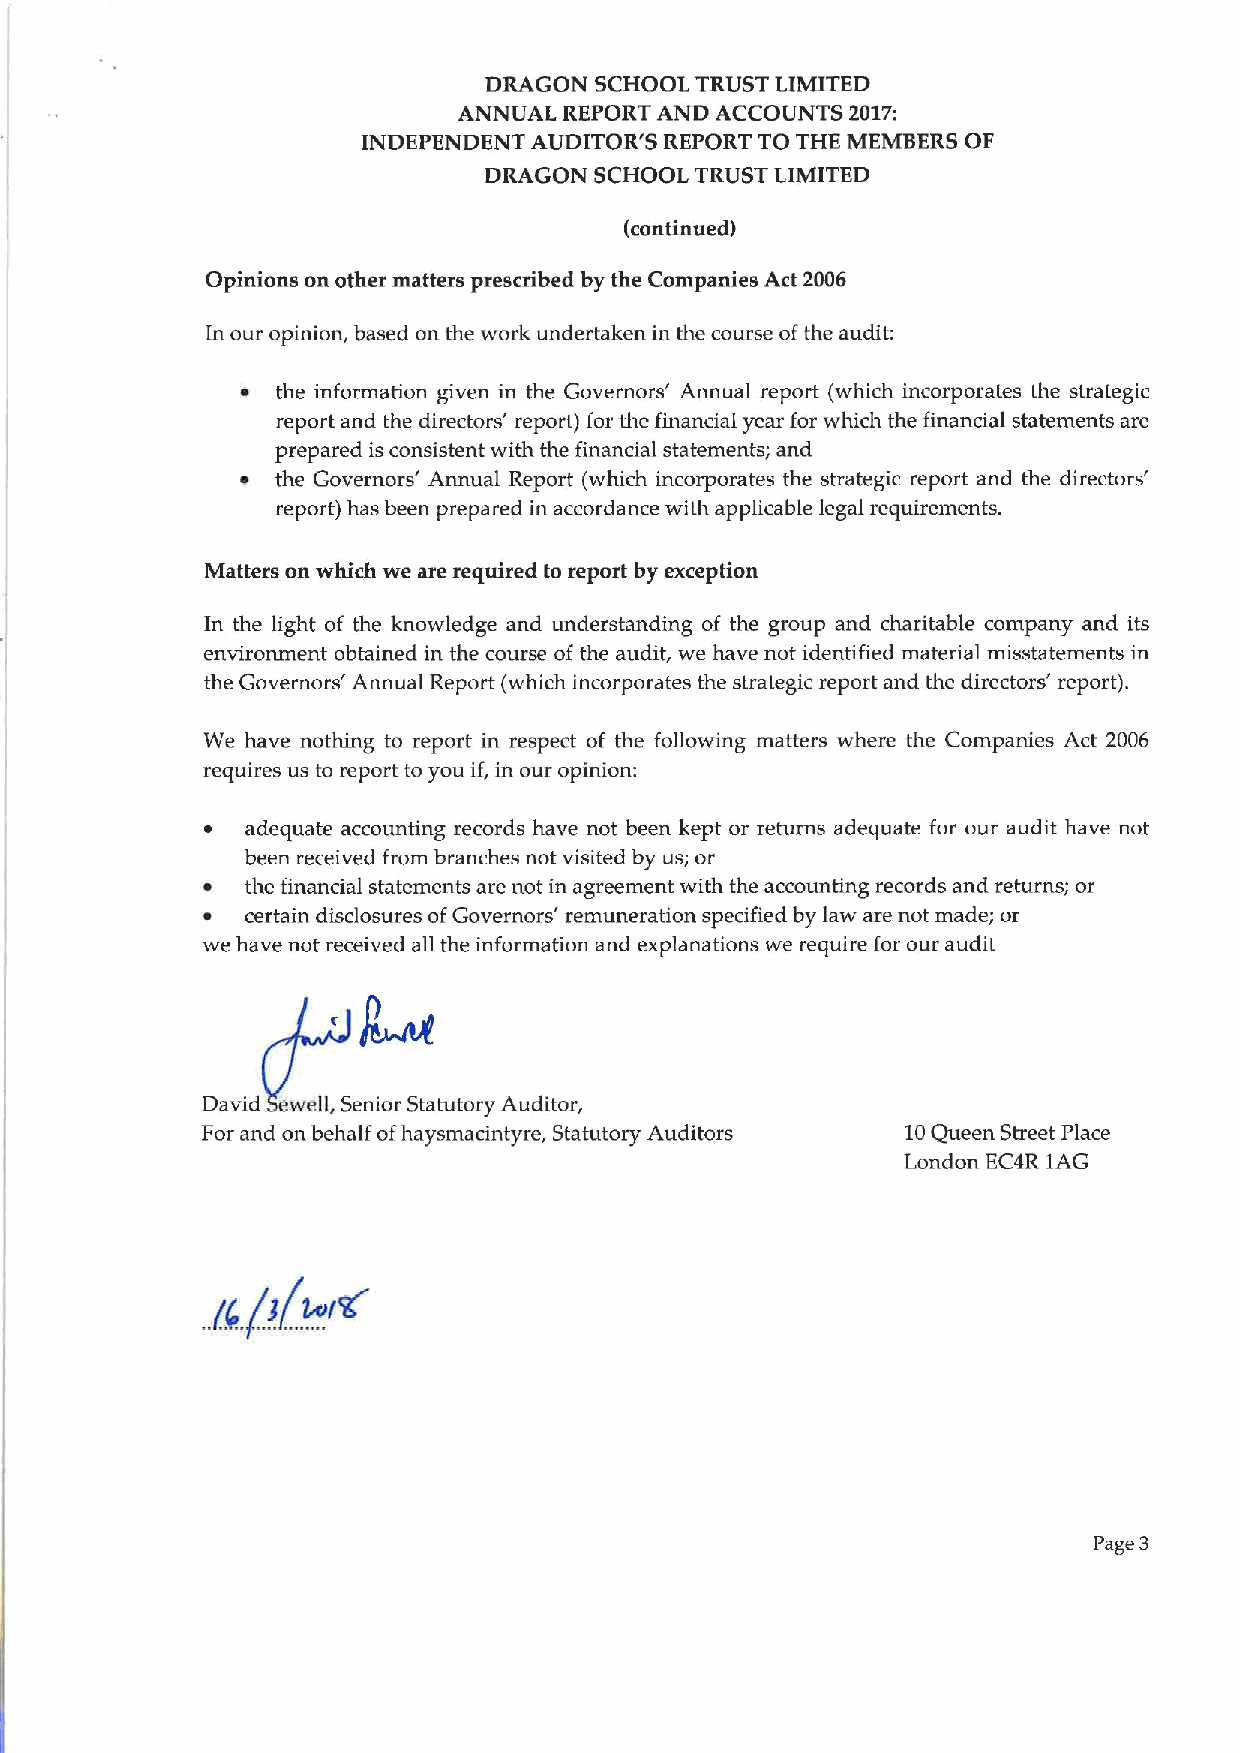
DRAGON SCHOOL TRUST LIMITED
 ANNUAL REPORT AND ACCOUNTS 2017:
 INDEPENDENT AUDITOR'S REPORT TO THE MEMBERS OF
 DRAGON SCHOOL TRUST LIMITED
 (continued)
 Opinions on other matters prescribed by the Companies Act 2006
 In our opinion, based on the work undertaken in the course ofthe audit:
 the information given in the Governors' Annual report (which incorporates the strategic
 report and the directors' report) for the financial year for which the financial statements are
 prepared is consistent with the financial statements; and
 ~ the Governors' Annual Report (which incorporates the strategic report and the directors'
 report) has been prepared in accordance with applicable legal requirements.
 Matters on which we are required to report by exception
 In the light of the knowledge and understanding of the group and charitable company and its
 environment obtained in the course of the audit, we have not identified material misstatements in
 the Governors' Annual Report (which incorporates the strategic report and the directors' report).
 We have nothing to report in respect of the following matters where the Companies Act 2006
 requires us to report to you if, in our opinion:
 ~ adequate accounting records have not been kept or returns adequate for our audit have not
 been received from branches not visited by us; or
 ~  the financial statements are not in agreement with the accounting records and returns; or
 ~  certain disclosures ofGovernors' remuneration specified by law are not made; or
 we have not received all the information and explanations we require for our audit
 David weil, Senior Statutory Auditor,
 For and on behalf ofhaysmacintyre, Statutory Auditors 10Queen Street Place
 London EC4R 1AG
 Page 3